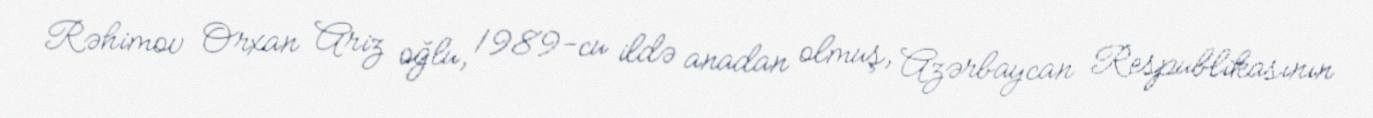
Rəhimov Orxan Ariz oğlu, 1989-cu ildə anadan olmuş, Azərbaycan Respublikasının